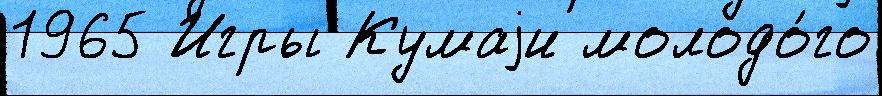
1965 Игры Кумаjи молодо́го